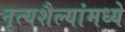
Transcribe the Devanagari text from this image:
नृत्यशैल्यांमध्ये